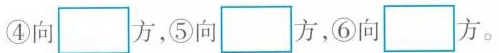
④向\Box方，⑤向\Box方，⑥向\Box方。